Vaccination in Bombay 1856-1862 - 1856-1862
Year: 1856
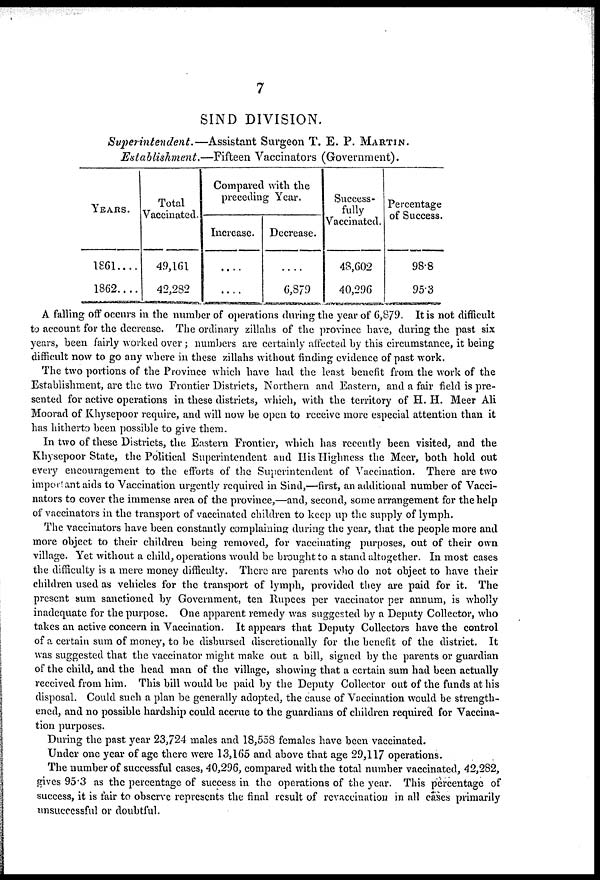
7
SIND DIVISION.
Superintendent.—Assistant
Surgeon T. E. P. MARTIN.
Establishment.—Fifteen
Vaccinators (Government).
YEARS.
1861....
1862....
Total
Vaccinated.
49,161
42,282
Compared with the
preceding Year.
Increase.
....
....
Decrease.
....
6,879
Success¬
fully
Vaccinated.
48,602
40,296
Percentage
of Success.
98.8
95.3
A falling off occurs in the number of operations during the year of 6,879. It is not difficult
to account for the decrease. The ordinary zillahs of the province have, during the past six
years, been fairly worked over ; numbers are certainly affected by this circumstance, it being
difficult now to go any where in these zillahs without finding evidence of past work.
The two portions of the Province which have had the least benefit from the work of the
Establishment, are the two Frontier Districts, Northern and Eastern, and a fair field is pre-
sented for active operations in these districts, which, with the territory of H. H. Meer Ali
Moorad of Khysepoor require, and will now be open to receive more especial attention than it
has hitherto been possible to give them.
In two of these Districts, the Eastern Frontier, which has recently been visited, and the
Khysepoor State, the Political Superintendent and His Highness the Meer, both hold out
every encouragement to the efforts of the Superintendent of Vaccination. There are two
important aids to Vaccination urgently required in Sind,—first, an additional number of Vacci-
nators to cover the immense area of the province,—and, second, some arrangement for the help
of vaccinators in the transport of vaccinated children to keep up the supply of lymph.
The vaccinators have been constantly complaining during the year, that the people more and
more object to their children being removed, for vaccinating purposes, out of their own
village. Yet without a child, operations would be brought to a stand altogether. In most cases
the difficulty is a mere money difficulty. There are parents who do not object to have their
children used as vehicles for the transport of lymph, provided they are paid for it. The
present sum sanctioned by Government, ten Rupees per vaccinator per annum, is wholly
inadequate for the purpose. One apparent remedy was suggested by a Deputy Collector, who
takes an active concern in Vaccination. It appears that Deputy Collectors have the control
of a certain sum of money, to be disbursed discretionally for the benefit of the district. It
was suggested that the vaccinator might make out a bill, signed by the parents or guardian
of the child, and the head man of the village, showing that a certain sum had been actually
received from him. This bill would be paid by the Deputy Collector out of the funds at his
disposal. Could such a plan be generally adopted, the cause of Vaccination would be strength-
ened, and no possible hardship could accrue to the guardians of children required for Vaccina-
tion purposes.
During the past year 23,724 males and 18,558 females have been vaccinated.
Under one year of age there were 13,165 and above that age 29,117 operations.
The number of successful cases, 40,296, compared with the total number vaccinated, 42,282,
gives 95.3 as the percentage of success in the operations of the year. This percentage of
success, it is fair to observe represents the final result of revaccination in all cases primarily
unsuccessful or doubtful.